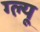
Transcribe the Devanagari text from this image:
ग्ल्यू